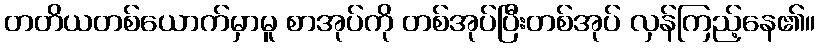
တတိယတစ်ယောက်မှာမူ စာအုပ်ကို တစ်အုပ်ပြီးတစ်အုပ် လှန်ကြည့်နေ၏။